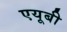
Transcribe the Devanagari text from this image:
एयूबी